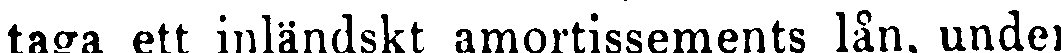
taga ett inländskt amortissements lån, under